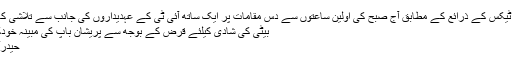
انکم ٹیکس کے ذرائع کے مطابق آج صبح کی اولین ساعتوں سے دس مقامات پر ایک ساتھ آئی ٹی کے عہدیداروں کی جانب سے تلاشی کا …
بیٹی کی شادی کیلئے قرض کے بوجھ سے پریشان باپ کی مبینہ خودکشی
حیدرآباد ۔